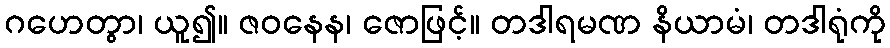
ဂဟေတွာ၊ ယူ၍။ ဇဝနေန၊ ဇောဖြင့်။ တဒါရမဏ နိယာမံ၊ တဒါရုံကို